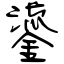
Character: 鎏